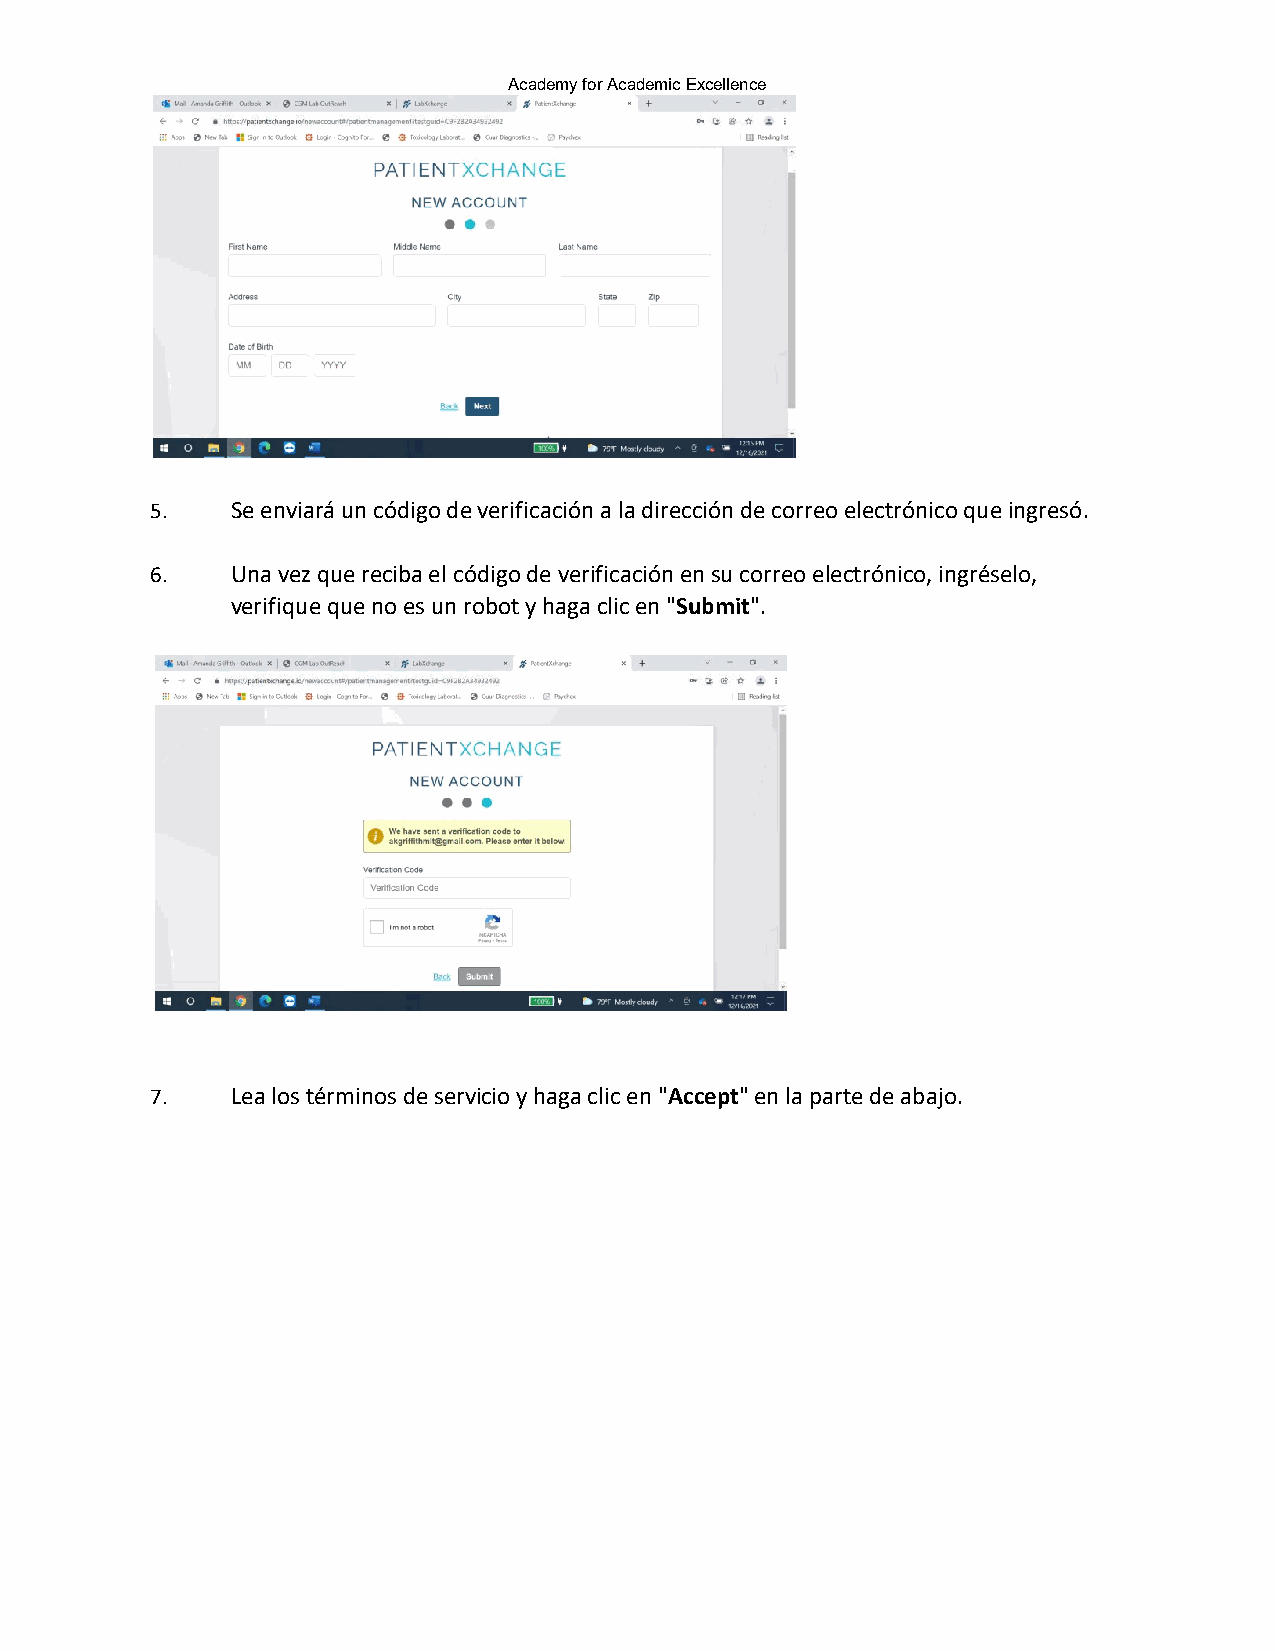
Academy for Academic Excellence
 5.   Se enviará un código de verificación a la dirección de correo electrónico que ingresó.
 6.   Una vez que reciba el código de verificación en su correo electrónico, ingréselo,
 verifique que no es un robot y haga clic en "Submit".
 7.   Lea los términos de servicio y haga clic en "Accept" en la parte de abajo.